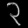
Digit: ၃